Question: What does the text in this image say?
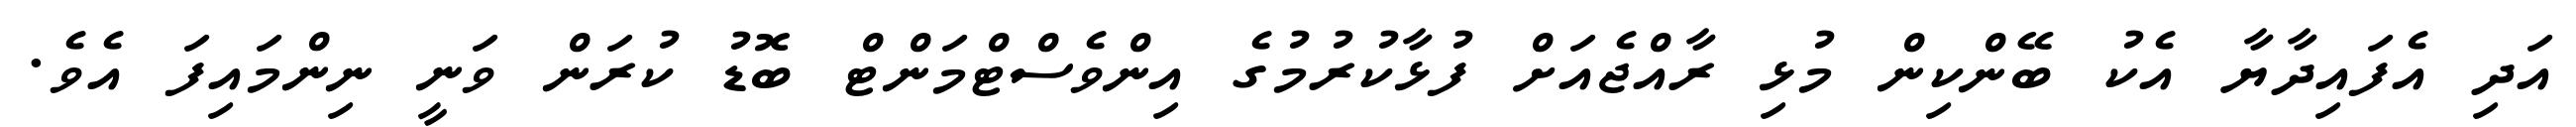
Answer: އަދި އެފައިދާޔާ އެކު ބޭންކިން މުޅި ރާއްޖެއަށް ފުޅާކުރުމުގެ އިންވެސްޓްމަންޓް ބޮޑު ކުރަން ވަނީ ނިންމައިފަ އެވެ.